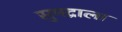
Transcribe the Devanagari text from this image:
सुमद्राला